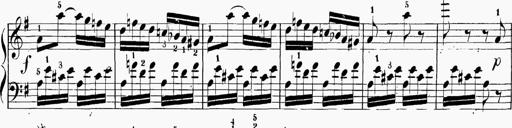
Title: 6 Sonatinas
Composer: Carl Reinecke